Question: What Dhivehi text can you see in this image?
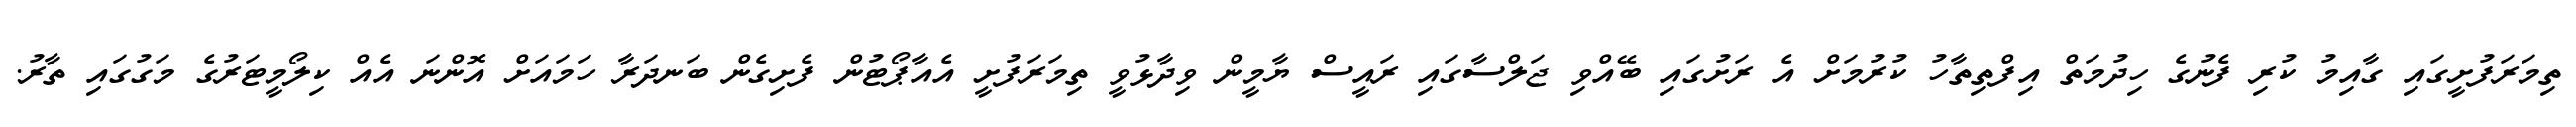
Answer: ތިމަރަފުށީގައި ގާއިމު ކުރި ފެނުގެ ހިދުމަތް އިފްތިތާހު ކުރުމަށް އެ ރަށުގައި ބޭއްވި ޖަލްސާގައި ރައީސް ޔާމީން ވިދާޅުވީ ތިމަރަފުށީ އެއާޕޯޓުން ފެށިގެން ބަނދަރާ ހަމައަށް އޮންނަ އެއް ކިލޯމީޓަރުގެ މަގުގައި ތާރު.